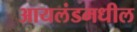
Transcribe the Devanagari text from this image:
आयलंडमधील